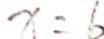
x = 6